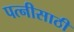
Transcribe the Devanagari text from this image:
पत्नीसाठी